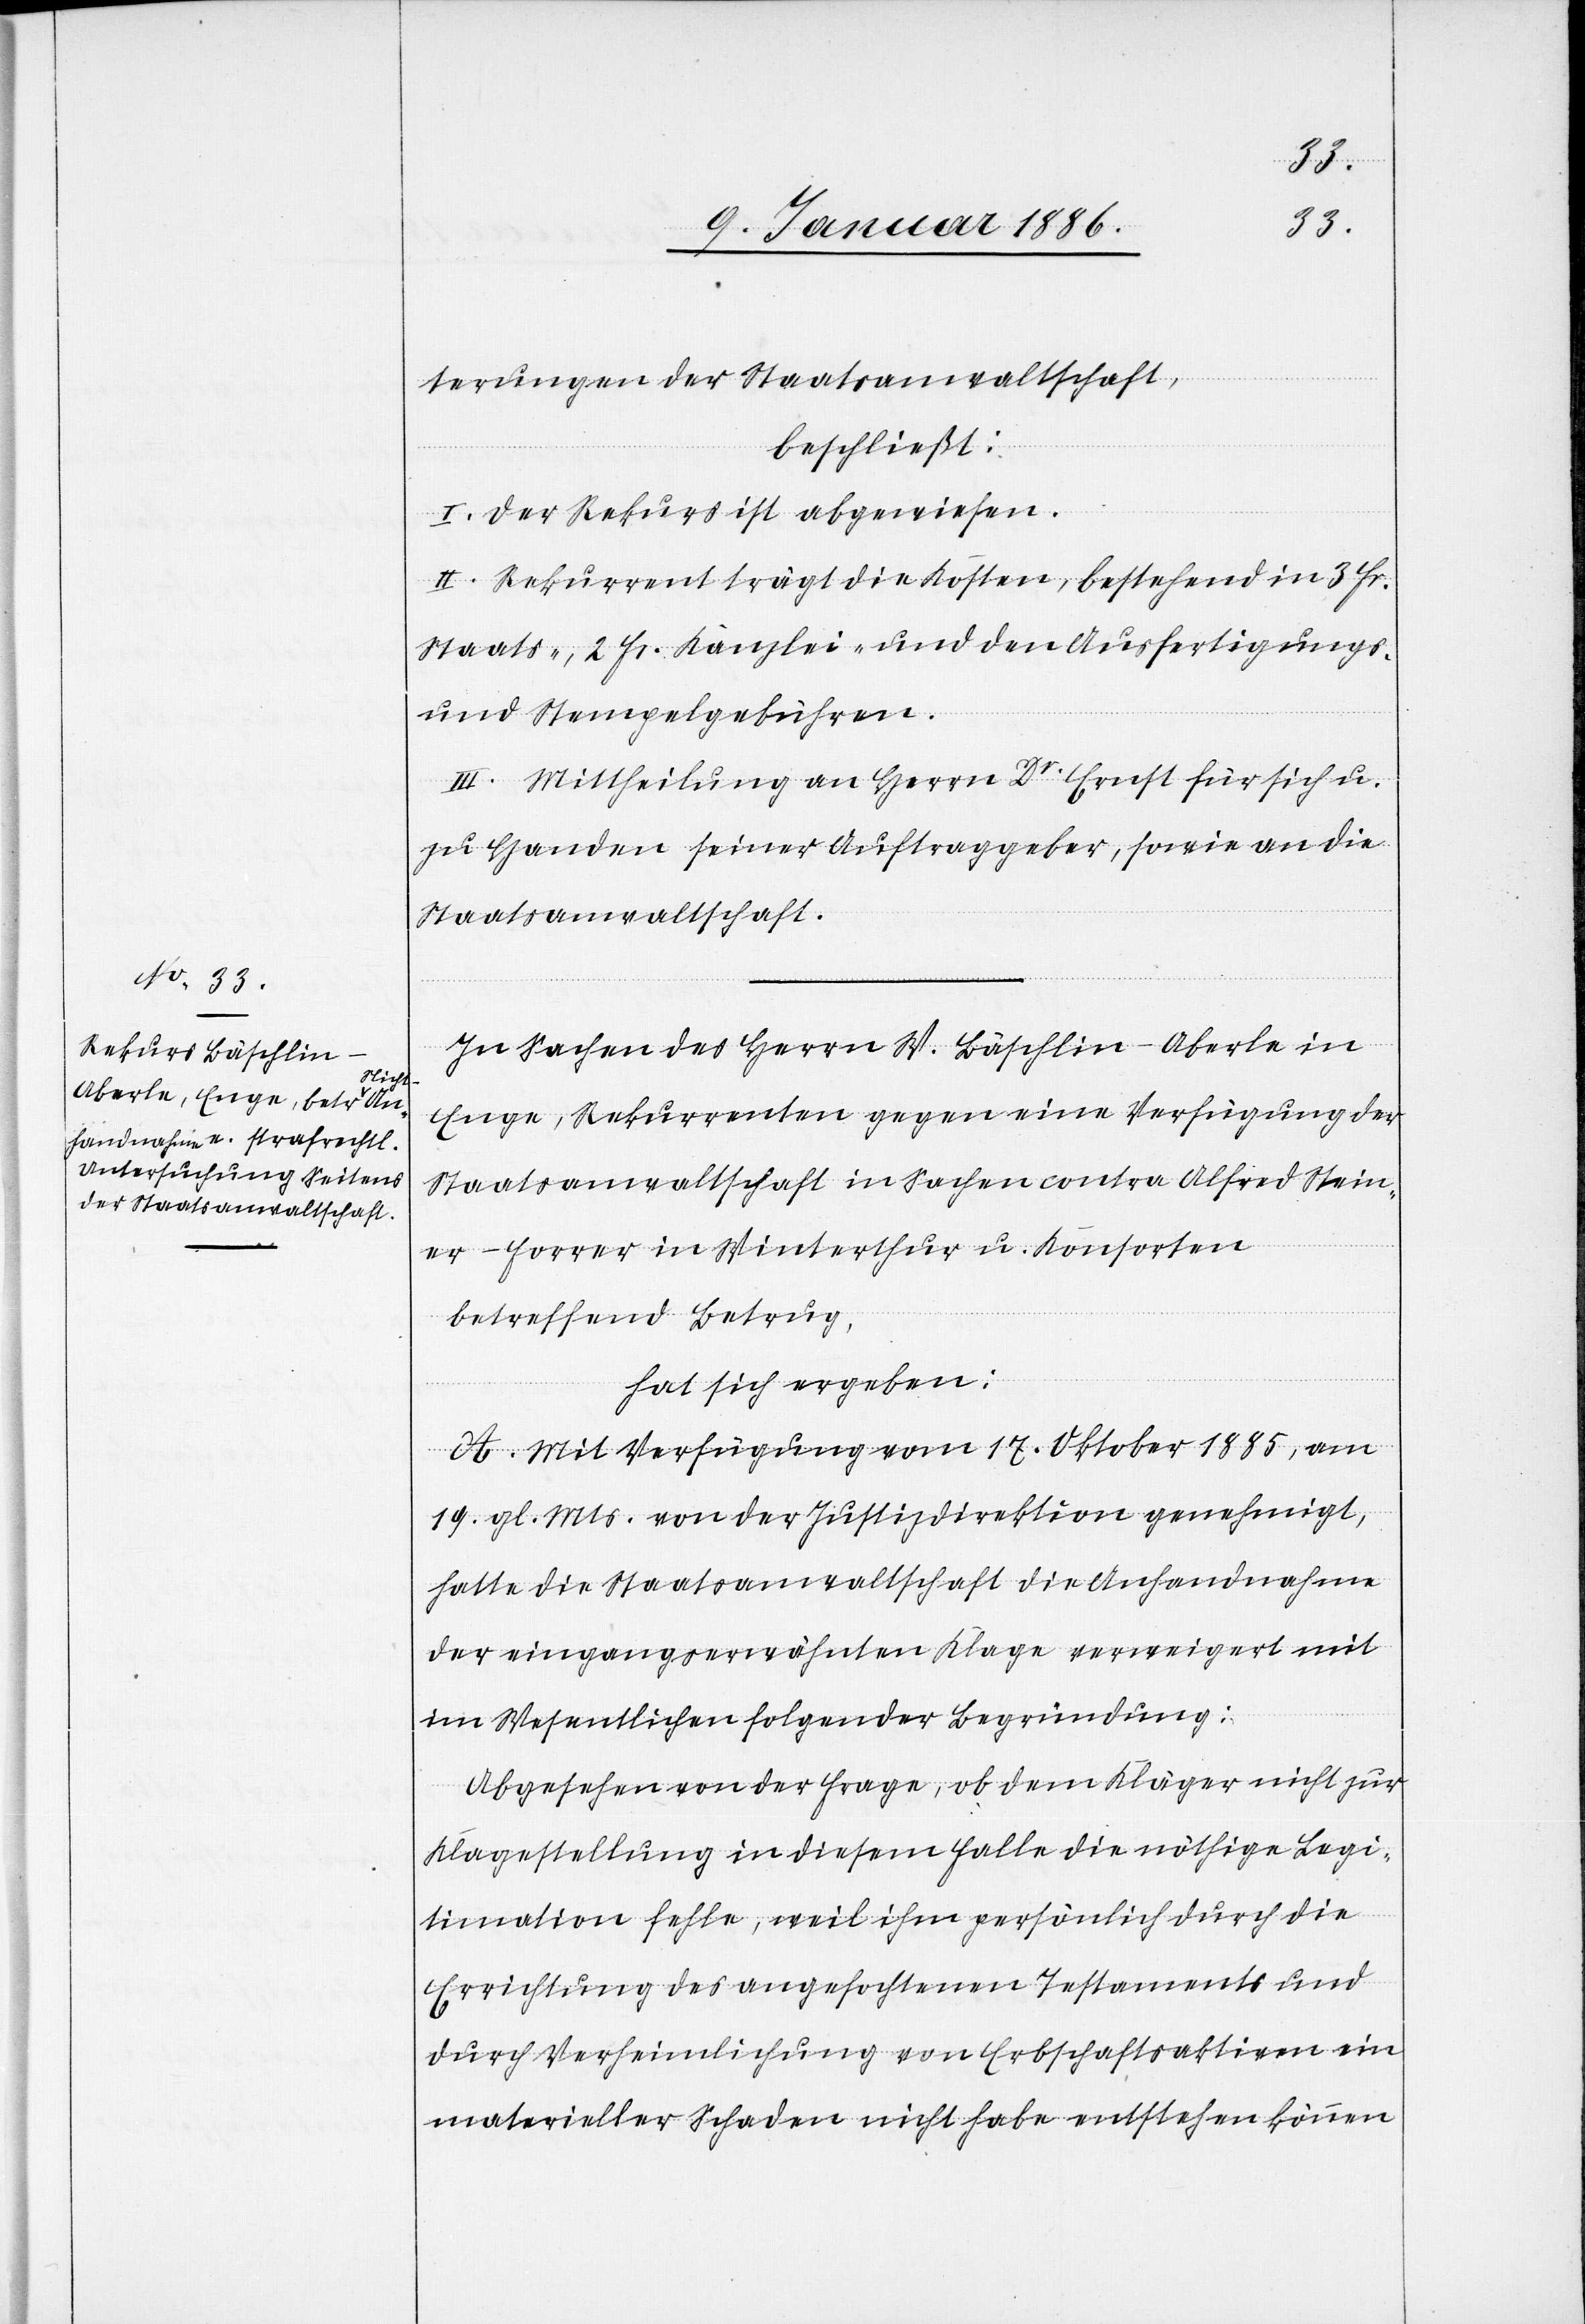
terungen der Staatsanwaltschaft,
beschließt:
I. Der Rekurs ist abgewiesen.
II. Rekurrent trägt die Kosten, bestehend in 3. Fr.
Staats-, 2 Fr. Kanzlei- und den Ausfertigungs-
und Stempelgebühren.
III. Mittheilung an Herrn Dr. Ernst für sich u.
zu Handen seiner Auftraggeber, sowie an die
Staatsanwaltschaft.
In Sachen des Herrn W. Bäschlin-Aberle in
Enge, Rekurrenten gegen eine Verfügung der
Staatsanwaltschaft in Sachen contra Alfred Stein¬
er-Forrer in Winterthur u. Konsorten
betreffend Betrug;
hat sich ergeben:
A. Mit Verfügung vom 17. Oktober 1885, am
19. gl. Mts. von der Justizdirektion genehmigt,
hatte die Staatsanwaltschaft die Anhandnahme
der eingangserwähnten Klage verweigert mit
im Wesentlichen folgender Begründung:
Abgesehen von der Frage, ob dem Kläger nicht zur
Klagestellung in diesem Falle die nöthige Legi¬
timation fehle, weil ihm persönlich durch die
Errichtung des angefochtenen Testamentes und
durch Verheimlichung von Erbschaftsaktien ein
materieller Schaden nicht habe entstehen können